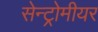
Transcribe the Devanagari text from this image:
सेन्ट्रोमीयर